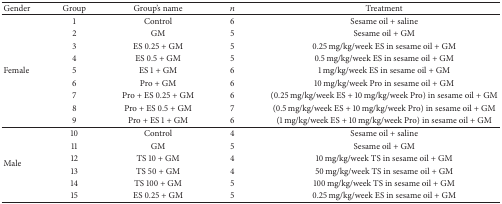
| Gender | Group | Group's name | n | Treatment |
 | --- | --- | --- | --- | --- |
 | <ROWSPAN=9> Female | 1 | Control | 6 | Sesame oil + saline |
 | 2 | GM | 5 | Sesame oil + GM |
 | 3 | ES 0.25 + GM | 5 | 0.25 mg/kg/week ES in sesame oil + GM |
 | 4 | ES 0.5 + GM | 5 | 0.5 mg/kg/week ES in sesame oil + GM |
 | 5 | ES 1 + GM | 6 | 1 mg/kg/week ES in sesame oil + GM |
 | 6 | Pro + GM | 6 | 10 mg/kg/week Pro in sesame oil + GM |
 | 7 | Pro + ES 0.25 + GM | 6 | (0.25 mg/kg/week ES + 10 mg/kg/week Pro) in sesame oil + GM |
 | 8 | Pro + ES 0.5 + GM | 7 | (0.5 mg/kg/week ES + 10 mg/kg/week Pro) in sesame oil + GM |
 | 9 | Pro + ES 1 + GM | 6 | (1 mg/kg/week ES + 10 mg/kg/week Pro) in sesame oil + GM |
 | <ROWSPAN=6> Male | 10 | Control | 4 | Sesame oil + saline |
 | 11 | GM | 5 | Sesame oil + GM |
 | 12 | TS 10 + GM | 4 | 10 mg/kg/week TS in sesame oil + GM |
 | 13 | TS 50 + GM | 4 | 50 mg/kg/week TS in sesame oil + GM |
 | 14 | TS 100 + GM | 5 | 100 mg/kg/week TS in sesame oil + GM |
 | 15 | ES 0.25 + GM | 5 | 0.25 mg/kg/week ES in sesame oil + GM |